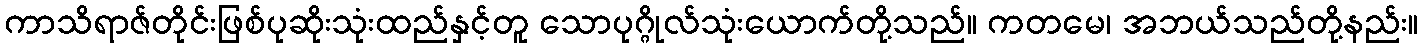
ကာသိရာဇ်တိုင်းဖြစ်ပုဆိုးသုံးထည်နှင့်တူ သောပုဂ္ဂိုလ်သုံးယောက်တို့သည်။ ကတမေ၊ အဘယ်သည်တို့နည်း။